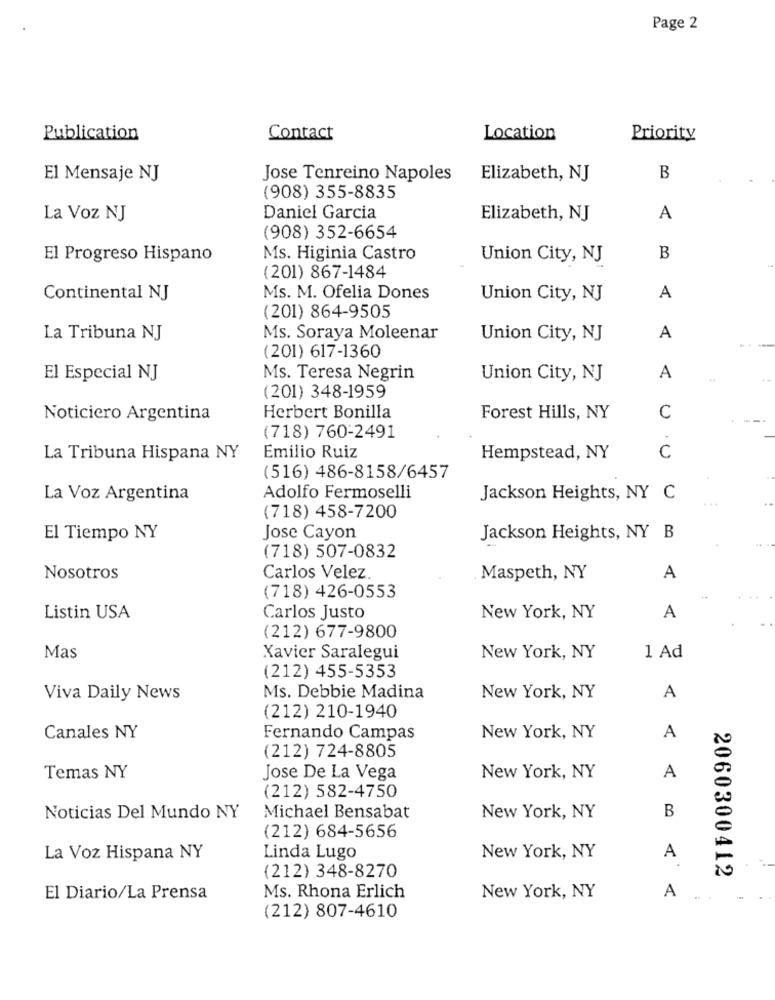
Page 2
Publication
Contact
Location
Priority
El Mensaje NJ
Jose Tenreino Napoles
Elizabeth, NJ
B
(908) 355-8835
La Voz NJ
Daniel Garcia
Elizabeth, NJ
A
(908) 352-6654
El Progreso Hispano
Ms. Higinia Castro
Union City, NJ
B
(201) 867-1484
Continental NJ
Ms. M. Ofelia Dones
Union City, NJ
A
(201) 864-9505
La Tribuna NJ
Ms. Soraya Moleenar
Union City, NJ
A
-
(201) 617-1360
El Especial NJ
Ms. Teresa Negrin
Union City, NJ
A
..
(201) 348-1959
Noticiero Argentina
Herbert Bonilla
Forest Hills, NY
C
(718) 760-2491
C
La Tribuna Hispana NY
Emilio Ruiz
Hempstead, NY
(516) 486-8158/6457
La Voz Argentina
Adolfo Fermoselli
Jackson Heights, NY C
(718) 458-7200
El Tiempo NY
Jose Cayon
Jackson Heights, NY B
(718) 507-0832
Nosotros
Carlos Velez
Maspeth, NY
A
(718) 426-0553
Listin USA
Carlos Justo
New York, NY
A
(212) 677-9800
Mas
Xavier Saralegui
New York, NY
1 Ad
(212) 455-5353
Viva Daily News
Ms. Debbie Madina
New York, NY
A
(212) 210-1940
Canales NY
Fernando Campas
New York, NY
A
(212) 724-8805
Temas NY
Jose De La Vega
New York, NY
A
(212) 582-4750
Noticias Del Mundo NY
Michael Bensabat
New York, NY
B
(212) 684-5656
La Voz Hispana NY
Linda Lugo
New York, NY
A
(212) 348-8270
2060300412
El Diario/La Prensa
Ms. Rhona Erlich
New York, NY
A
.. .
(212) 807-4610